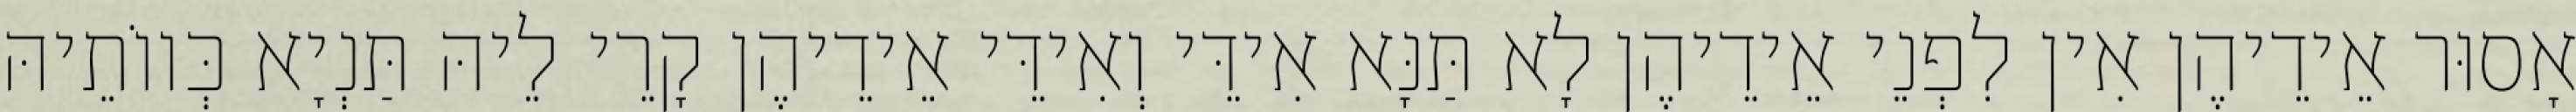
אָסוּר אֵידֵיהֶן אִין לִפְנֵי אֵידֵיהֶן לָא תַּנָּא אִידֵּי וְאִידֵּי אֵידֵיהֶן קָרֵי לֵיהּ תַּנְיָא כְּווֹתֵיהּ